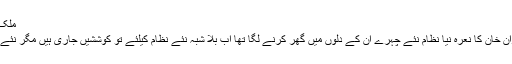
ملک کے طول و عرض میں لوگ تحریک انصاف سے جو
توقعات وابستہ کر رہے تھے وہ اس لیے تھیں کہ عمران خان کا نعرہ نیا نظام نئے چہرے ان کے دلوں میں گھر کرنے لگا تھا اب بلا شبہ نئے نظام کیلئے تو کوششیں جاری ہیں مگر نئے چہروں کا آدھاسچ وقت کی گرد میں کہیں دب گیا ہے۔